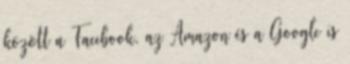
között a Facebook, az Amazon és a Google is